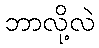
ဘာလို့လဲ